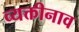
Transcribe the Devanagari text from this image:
व्यक्तीनाव